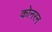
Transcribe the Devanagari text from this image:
कोनरन